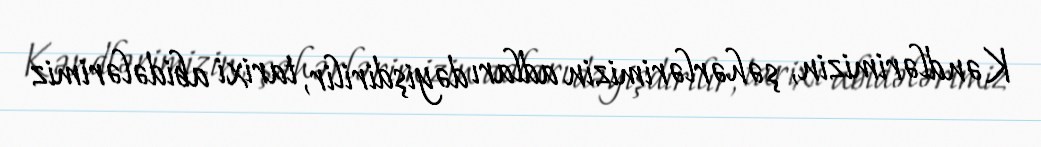
Kəndlərimizin, şəhərlərimizin adları dəyişdirilir, tarixi abidələrimiz